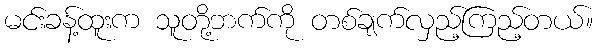
မင်းခန့်ထူးက သူတို့ဘက်ကို တစ်ချက်လှည့်ကြည့်တယ်။